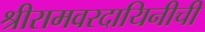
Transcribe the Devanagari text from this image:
श्रीरामवरदायिनीची